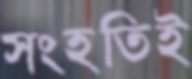
সংহতিই